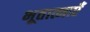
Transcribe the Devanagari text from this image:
भूतात्माएँ